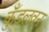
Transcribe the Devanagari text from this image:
कुँडलवन